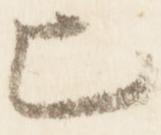
匕